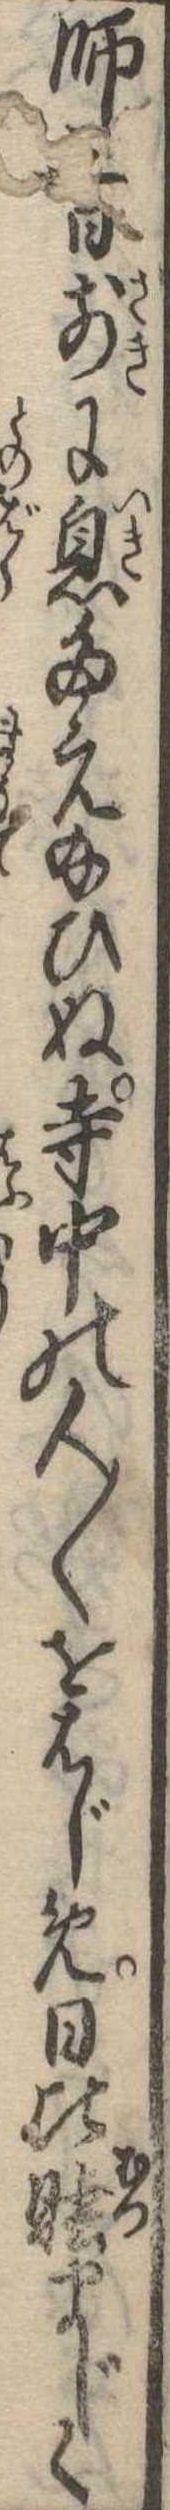
師三日前に息たえ給ひぬ寺中の人〱をはじめ日比睦まじく